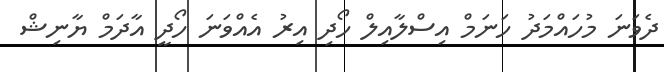
ދެވަނަ މުހައްމަދު ހަނަމް އިސްލާއިލް ހޯދި އިރު އެއްވަނަ ހޯދީ އާދަމް ޔާނިޝް